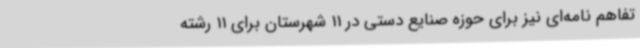
تفاهم نامه‌ای نیز برای حوزه صنایع دستی در 11 شهرستان برای 11 رشته